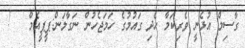
ގާސިމް އުޅެނީ ވެރިކަމާ ހެދި ގައުމުގެ ހަމަޖެހުން ނަގާލަން:ޕީޕީއެމް   !